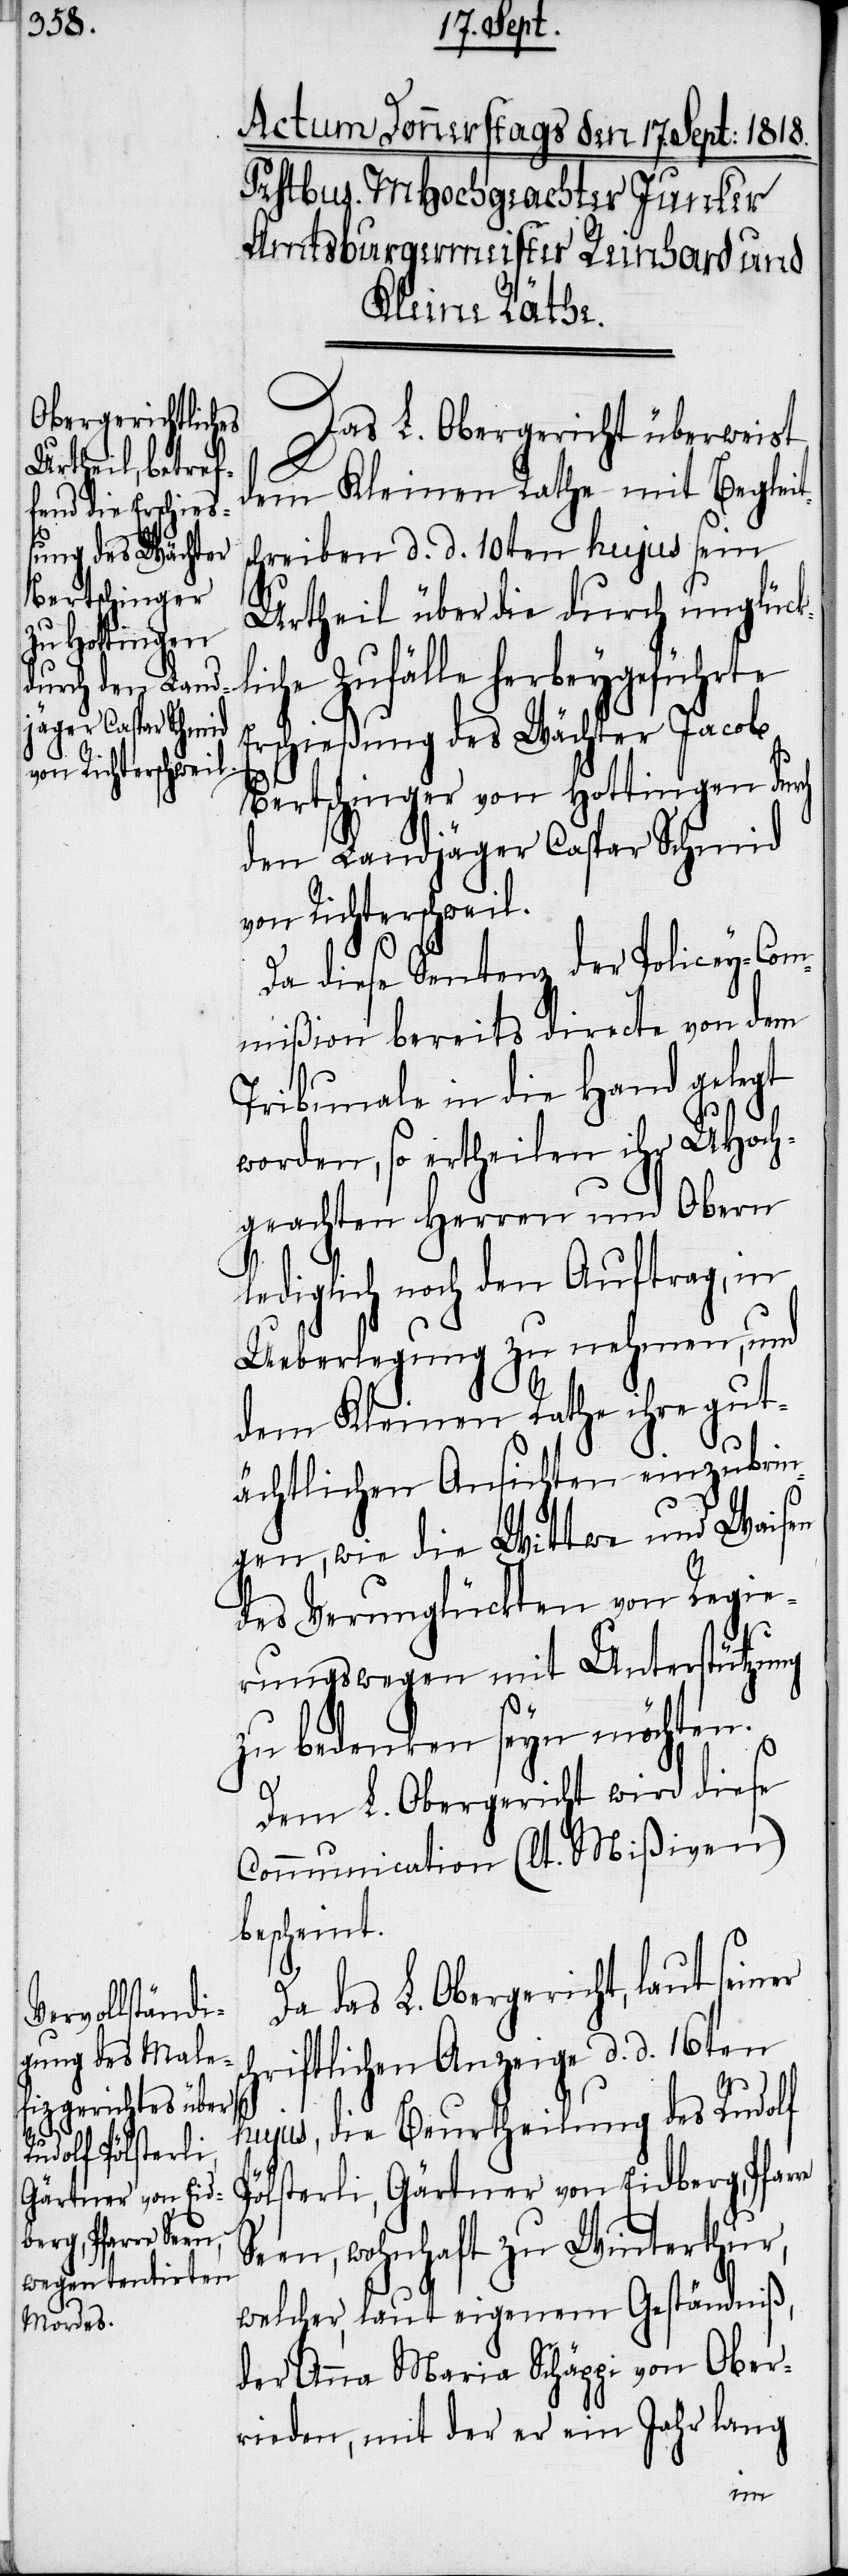
Das L. Obergericht überweist
dem Kleinen Rathe mit Begleit¬
chreiben d. d. 10ten hujus sein
Urtheil über die durch unglückl¬
iche Zufälle herbeygeführte
Erschießung des Wächter Jacob
Bertschinger von Hottingen durch
den Landjäger Caspar Schmid
von Richterschweil.
sch¬
Da diese Sentenz der Policey-Com¬
mißion bereits directe von dem
Tribunale in die Hand gelegt
worden, so ertheilen ihr UHoch¬
geachten Herren und Obern
lediglich noch den Auftrag, in
Ueberlegung zu nehmen, und
dem Kleinen Rathe ihre gut¬
ächtlichen Ansichten einzubrin¬
gen, wie die Wittwe und Waisen
des Verunglückten von Regie¬
re
rungswegen mit Unterstützung
zu bedenken seyn möchten.
Dem L. Obergericht wird diese
Communication (lt. Mißiven)
bescheint.
Da das L. Obergericht, laut seiner
riftlichen Anzeige d. d. 16ten
hujus, die Beurtheilung des Rudolf
Pölsterli, Gärtner von Eidberg, Pfar¬
Seen, wohnhaft zu Winterthur,
welcher, laut eigenem Geständniß,
der Anna Maria Schäppi von Ober¬
rieden, mit der er ein Jahr lang